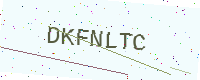
Text: DKFNLTC